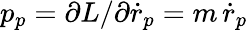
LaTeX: p_{p}=\partial L/\partial\dot{r}_{p}=m\, \dot{r}_{p}